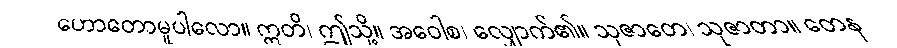
ဟောတောမူပါလော။ ဣတိ၊ ဤသို့။ အဝေါစ၊ လျှောက်၏။ သုဇာတေ၊ သုဇာတာ။ တေန